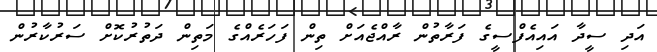
އަދި ސީދާ އައިއެފްސީގެ ފަރާތުން ރާއްޖެއަށް ތިން ފަހަރެއްގެ މަތިން ދަތުރުކޮށް ސަރުކާރުން